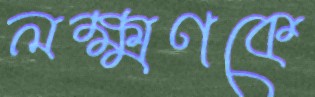
লক্ষ্মণকে